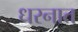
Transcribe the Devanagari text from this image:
धरनात